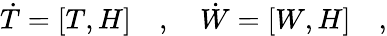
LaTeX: {\dot{T}}=\left[T,H\right]\quad,\quad{\dot{W}}=\left[W,H\right]\quad,